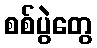
စစ်ပွဲတွေ